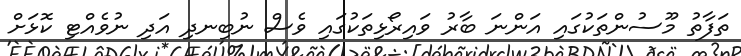
ތަފާތު މޫސުންތަކުގައި އަންނަ ބާރު ވައިރޯޅިތަކުގައި ވެސް ނުބިނދި އަދި ނުވެއްޓި ކޮޅަށް